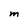
Character: M